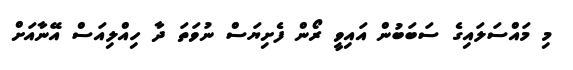
މި މައްސަލައިގެ ސަބަބުން އައިވީ ރޯން ފެށިޔަސް ނުވަތަ ދާ ހިއްލިއަސް އޭނާއަށް